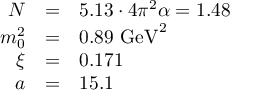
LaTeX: \begin{array} { r c l } { { N } } & { { = } } & { { 5 . 1 3 \cdot 4 \pi ^ { 2 } \alpha = 1 . 4 8 } } \\ { { m _ { 0 } ^ { 2 } } } & { { = } } & { { 0 . 8 9 \, \, \mathrm { G e V } ^ { 2 } } } \\ { { \xi } } & { { = } } & { { 0 . 1 7 1 } } \\ { { a } } & { { = } } & { { 1 5 . 1 } } \end{array}